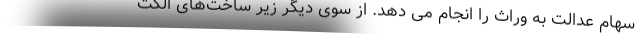
سهام عدالت به وراث را انجام می دهد. از سوی دیگر زیر ساخت‌های الکت